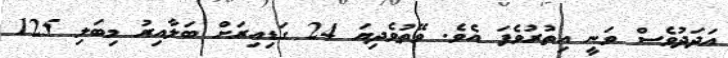
އަދަދުވެސް ވަނީ އިތުރުވެފަ އެވެ. ވޭތުވެދިޔަ 24 ގަޑިއިރަށް ބަލާއިރު މިބަލި 125